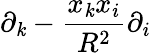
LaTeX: \partial_{\mathit{k}}-{\frac{{x_{\mathit{k}}x_{i}}}{{R^{2}}}}\partial_{i}